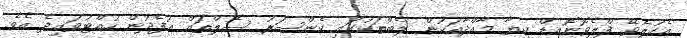
އެކުލެވޭ ފްލެވޮނޮއިިޑް ކިޔާ މާއްދާއަކުން ލެބްތަކުގައި ކެންސަރު ސެލްތައް އުފެދުން ހުއްޓުވައިދެ އެވެ.